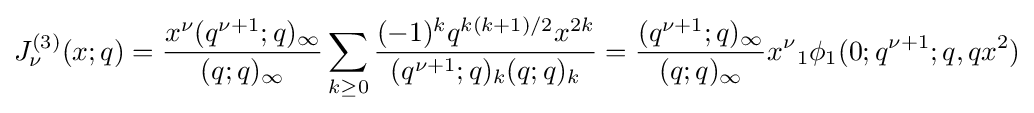
J_{\nu }^{(3)}(x;q)={\frac {x^{\nu }(q^{\nu +1};q)_{\infty }}{(q;q)_{\infty }}}\sum _{k\geq 0}{\frac {(-1)^{k}q^{k(k+1)/2}x^{2k}}{(q^{\nu +1};q)_{k}(q;q)_{k}}}={\frac {(q^{\nu +1};q)_{\infty }}{(q;q)_{\infty }}}x^{\nu }{}_{1}\phi _{1}(0;q^{\nu +1};q,qx^{2})